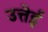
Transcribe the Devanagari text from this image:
उत्तेई